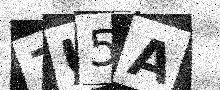
Text: 7U5A